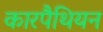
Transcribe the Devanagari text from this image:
कारपैथियन